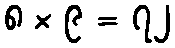
၈ × ၉ = ၇၂